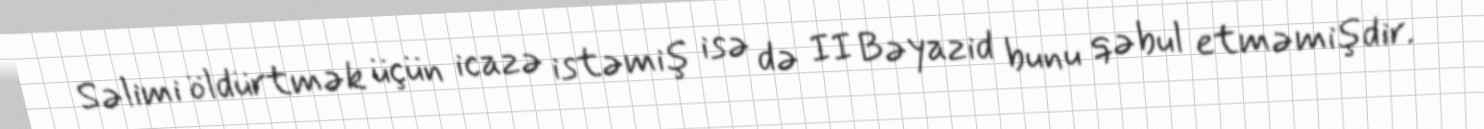
Səlimi öldürtmək üçün icazə istəmiş isə də II Bəyazid bunu qəbul etməmişdir.